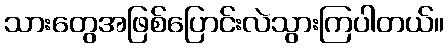
သားတွေအဖြစ်ပြောင်းလဲသွားကြပါတယ်။